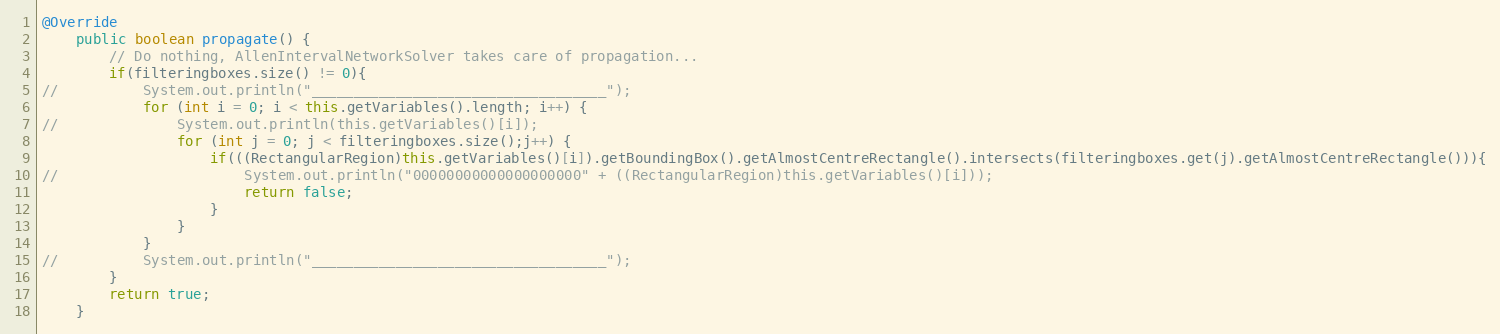
Language: Java
@Override
	public boolean propagate() {
		// Do nothing, AllenIntervalNetworkSolver takes care of propagation...
		if(filteringboxes.size() != 0){
//			System.out.println("___________________________________");
			for (int i = 0; i < this.getVariables().length; i++) {
//				System.out.println(this.getVariables()[i]);
				for (int j = 0; j < filteringboxes.size();j++) {
					if(((RectangularRegion)this.getVariables()[i]).getBoundingBox().getAlmostCentreRectangle().intersects(filteringboxes.get(j).getAlmostCentreRectangle())){
//						System.out.println("00000000000000000000" + ((RectangularRegion)this.getVariables()[i]));
						return false;
					}
				}
			}
//			System.out.println("___________________________________");
		}
		return true;
	}